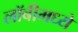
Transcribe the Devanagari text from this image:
लॉबीमध्ये